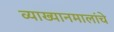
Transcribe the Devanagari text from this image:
व्याख्यानमालांचे